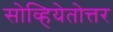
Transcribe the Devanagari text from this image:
सोव्हियेतोत्तर